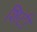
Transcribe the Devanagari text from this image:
शिटी